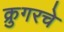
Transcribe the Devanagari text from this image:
क्रुगरचे